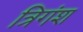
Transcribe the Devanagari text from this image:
त्रिगंश